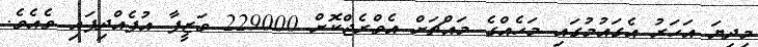
މިދިޔަ އަހަރު އެގައުމުގައި މަހެއްގެ މައްޗަށް އެވްރެޖްކޮށް 229000 ވަޒީފާ އުފެއްދިފައި ވެއެވެ.